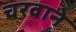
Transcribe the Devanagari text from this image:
चरवाने